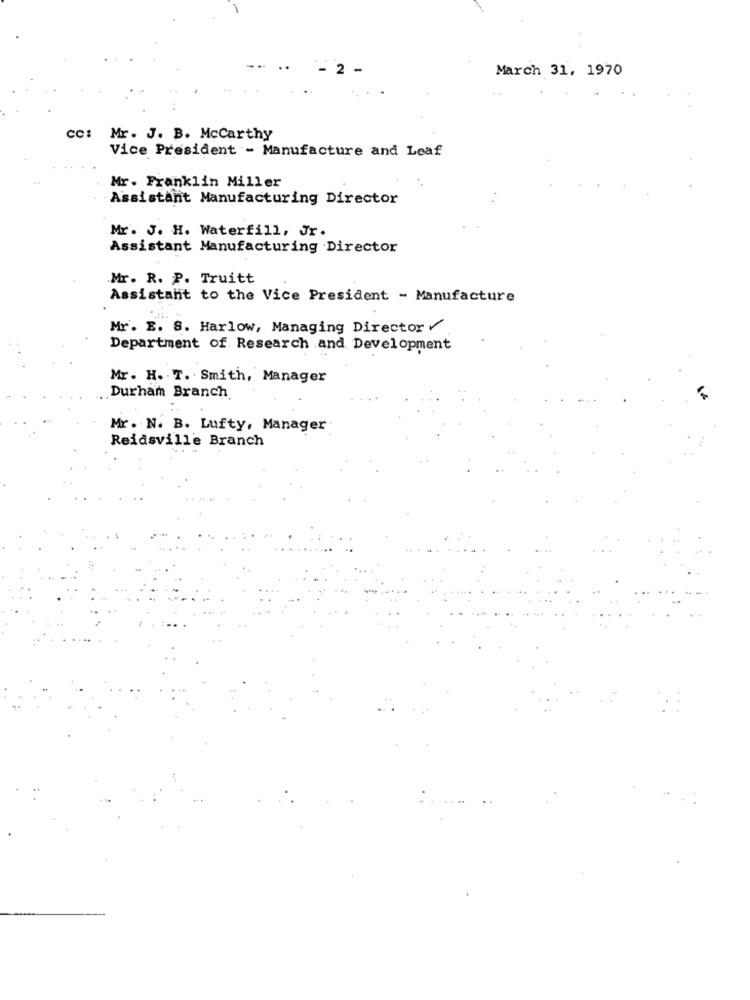
2 -
March 31, 1970
cc: Mr. J. B. Mccarthy
Vice President - Manufacture and Leaf
Mr. Franklin Miller
Assistant Manufacturing Director
Mr. J. H. Waterfill, Jr.
Assistant Manufacturing Director
Mr. R. P. Truitt
Assistant to the Vice President - Manufacture
Mr. E. S. Harlow, Managing Director
Department of Research and Development
Mr. H. T. Smith, Manager
Durham Branch
Mr. N. B. Lufty, Manager
Reidsville Branch